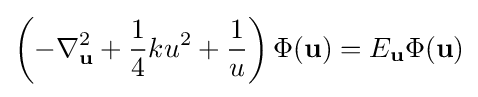
\left(-\nabla _{\mathbf {u} }^{2}+{\frac {1}{4}}ku^{2}+{\frac {1}{u}}\right)\Phi (\mathbf {u} )=E_{\mathbf {u} }\Phi (\mathbf {u} )